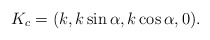
\begin{align*}K_{c} = (k, k\sin\alpha, k\cos\alpha, 0) .\end{align*}